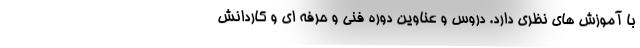
با آموزش های نظری دارد. دروس و عناوین دوره فنی و حرفه ای و کاردانش